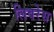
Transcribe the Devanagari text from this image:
लिबरेस